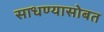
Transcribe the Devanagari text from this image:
साधण्यासोबत